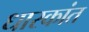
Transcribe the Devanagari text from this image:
धारकांत